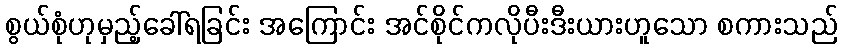
စွယ်စုံဟုမှည့်ခေါ်ရခြင်း အကြောင်း အင်စိုင်ကလိုပီးဒီးယားဟူသော စကားသည်